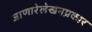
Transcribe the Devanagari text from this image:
जाणारेलेखनप्रकार